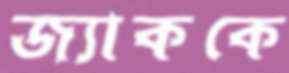
জ্যাককে